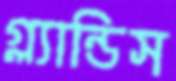
গ্ল্যান্ডিস